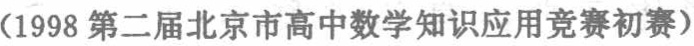
(1998 第二届北京市高中数学知识应用竞赛初赛)